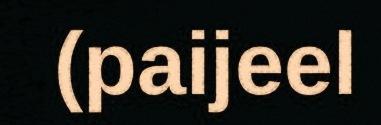
(paijeel